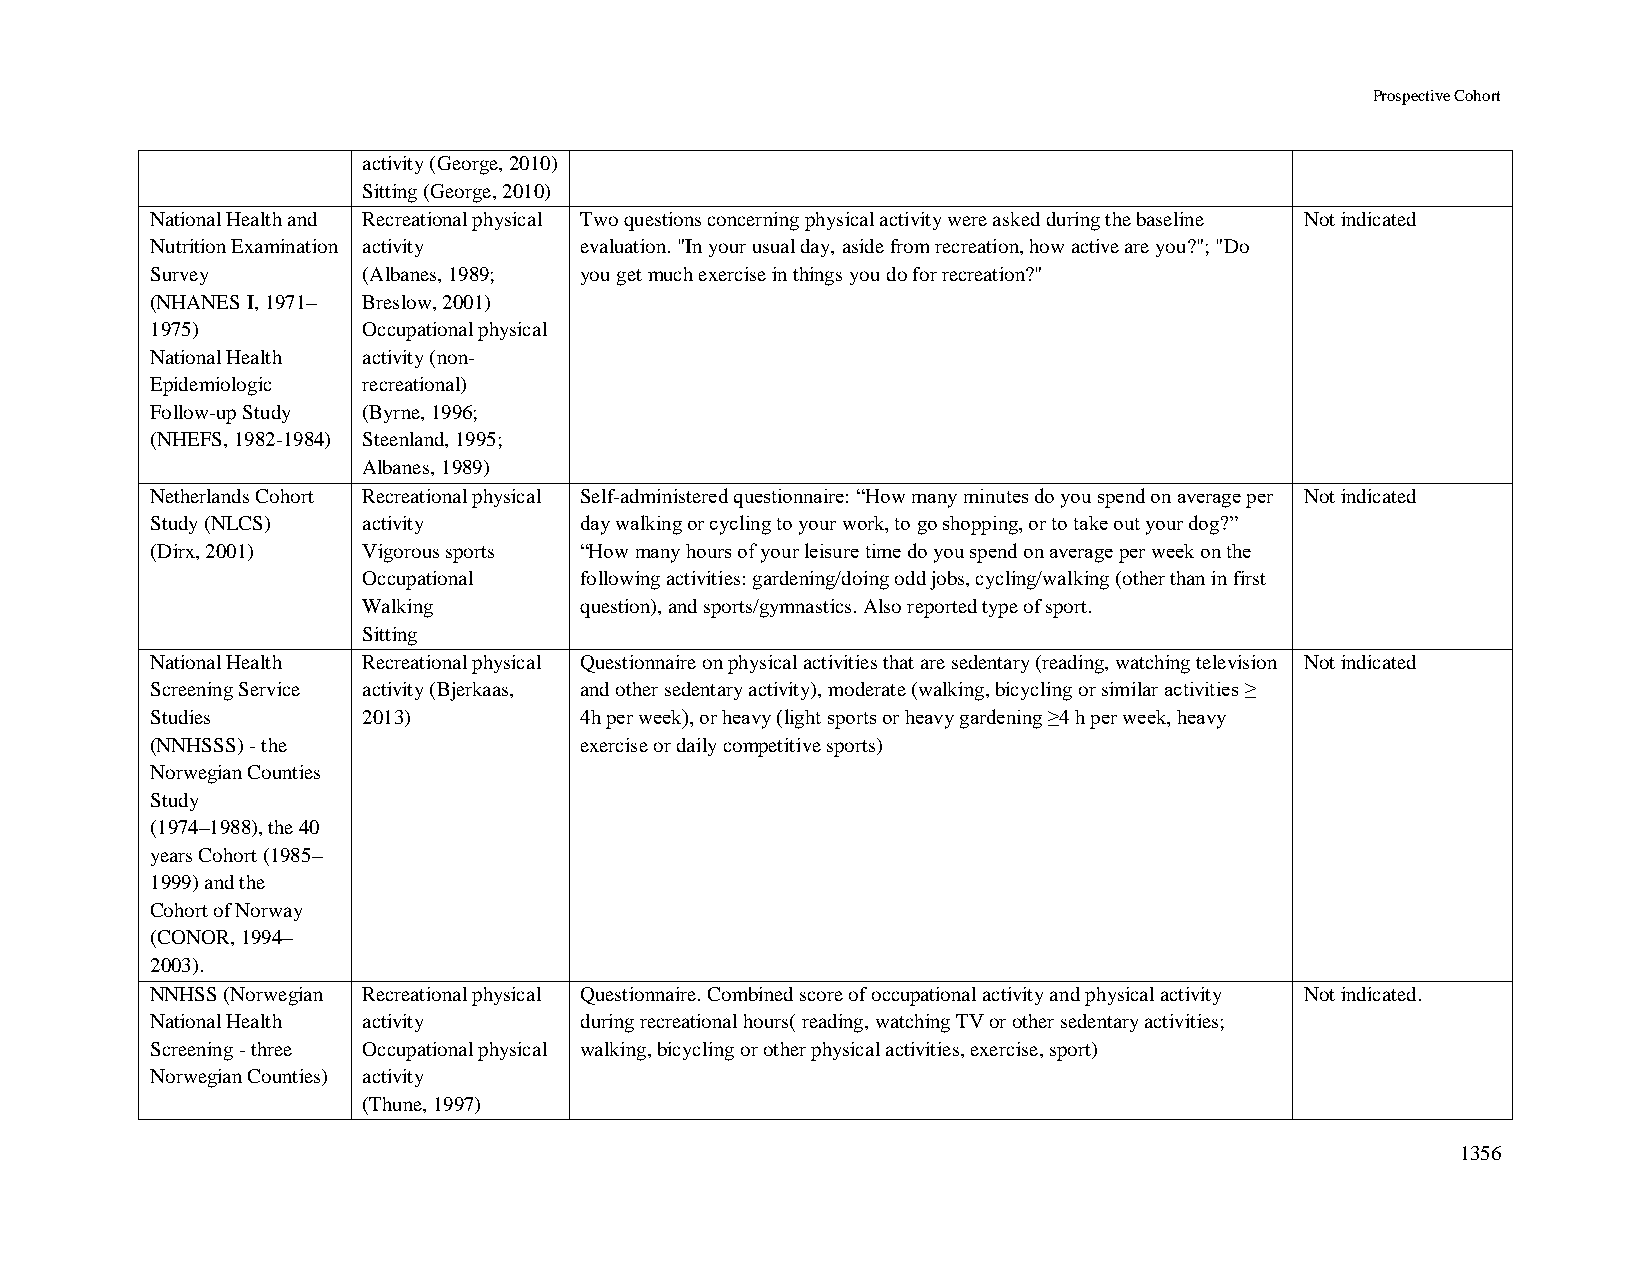
Prospective Cohort
 activity (George, 2010)
 Sitting (George, 2010)
 National Health and Recreational physical Two questions concerning physical activity were asked during the baseline Not indicated
 Nutrition Examination activity evaluation. "In your usual day, aside from recreation, how active are you?"; "Do
 Survey        (Albanes, 1989; you get much exercise in things you do for recreation?"
 (NHANES I, 1971– Breslow, 2001)
 1975)         Occupational physical
 National Health activity (non-
 Epidemiologic recreational)
 Follow-up Study (Byrne, 1996;
 (NHEFS, 1982-1984) Steenland, 1995;
 Albanes, 1989)
 Netherlands Cohort Recreational physical Self-administered questionnaire: “How many minutes do you spend on average per Not indicated
 Study (NLCS)  activity      day walking or cycling to your work, to go shopping, or to take out your dog?”
 (Dirx, 2001)  Vigorous sports “How many hours of your leisure time do you spend on average per week on the
 Occupational  following activities: gardening/doing odd jobs, cycling/walking (other than in first
 Walking       question), and sports/gymnastics. Also reported type of sport.
 Sitting
 National Health Recreational physical Questionnaire on physical activities that are sedentary (reading, watching television Not indicated
 Screening Service activity (Bjerkaas, and other sedentary activity), moderate (walking, bicycling or similar activities ≥
 Studies       2013)         4h per week), or heavy (light sports or heavy gardening ≥4 h per week, heavy
 (NNHSSS) - the              exercise or daily competitive sports)
 Norwegian Counties
 Study
 (1974–1988), the 40
 years Cohort (1985–
 1999) and the
 Cohort of Norway
 (CONOR, 1994–
 2003).
 NNHSS (Norwegian Recreational physical Questionnaire. Combined score of occupational activity and physical activity Not indicated.
 National Health activity    during recreational hours( reading, watching TV or other sedentary activities;
 Screening - three Occupational physical walking, bicycling or other physical activities, exercise, sport)
 Norwegian Counties) activity
 (Thune, 1997)
 1356